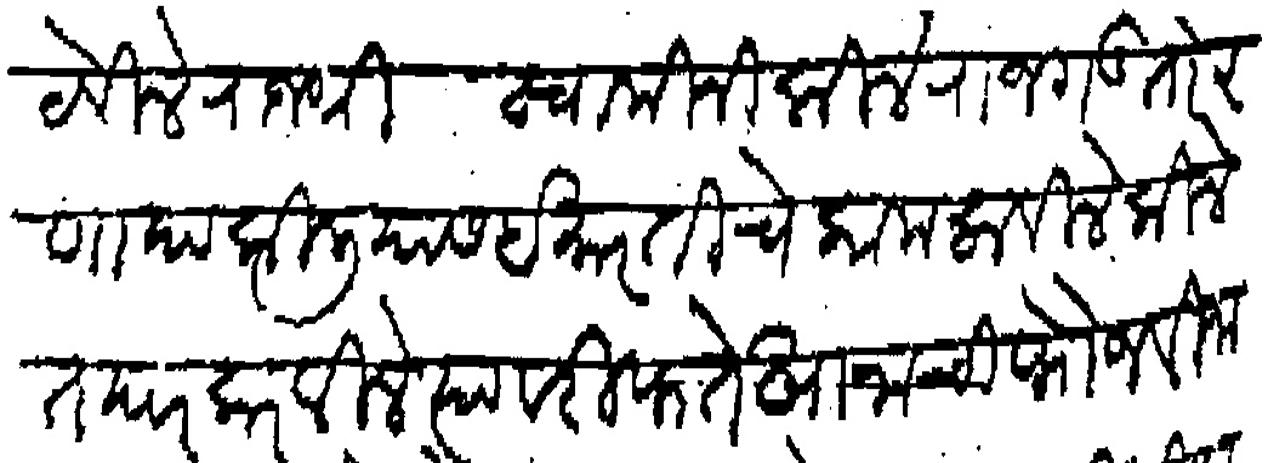
Transliteration (Devanagari): ठेविले राजश्री स्वामीनी किले राजगड तोरणा या किलीयास ईमारतीचे काम लाविले किले तयार करविले त्यावरी फतेखानाची फौज विजानावरी